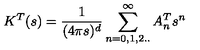
K ^ { T } ( s ) = { \frac { 1 } { ( 4 \pi s ) ^ { d } } } \sum _ { n = 0 , 1 , 2 . . } ^ { \infty } A _ { n } ^ { T } s ^ { n }